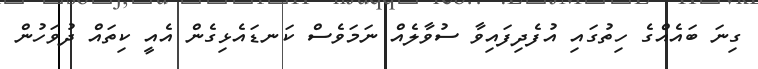
ގިނަ ބައެއްގެ ހިތުގައި އުފެދިފައިވާ ސުވާލެއް ނަމަވެސް ކަނޑައެޅިގެން އެއީ ކިތައް ދުވަހުން